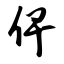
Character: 俾